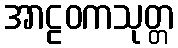
အာဠဝကသုတ္တ